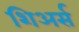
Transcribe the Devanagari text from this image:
शिअर्स